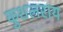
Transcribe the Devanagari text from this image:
कुशलराय